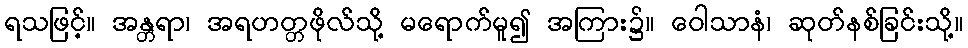
ရသဖြင့်။ အန္တရာ၊ အရဟတ္တဖိုလ်သို့ မရောက်မူ၍ အကြား၌။ ဝေါသာနံ၊ ဆုတ်နစ်ခြင်းသို့။